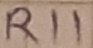
Text: R11